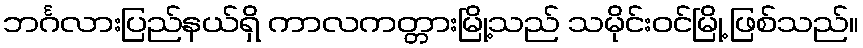
ဘင်္ဂလားပြည်နယ်ရှိ ကာလကတ္တားမြို့သည် သမိုင်းဝင်မြို့ ဖြစ်သည်။